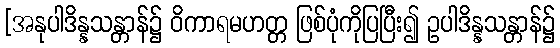
[အနုပါဒိန္နသန္တာန်၌ ဝိကာရမဟတ္တ ဖြစ်ပုံကိုပြပြီး၍ ဥပါဒိန္နသန္တာန်၌